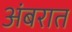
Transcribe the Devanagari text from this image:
अंबरात